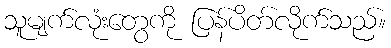
သူမျက်လုံးတွေကို ပြန်ပိတ်လိုက်သည်။